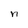
Character: n